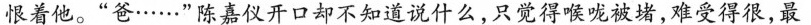
恨着他。”爸……”陈嘉仪开口却不知道说什么，只觉得喉咙，难受得很，最